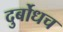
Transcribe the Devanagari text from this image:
दुर्बोधच